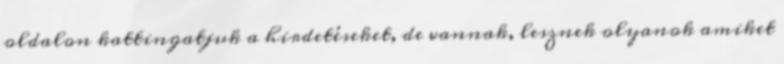
oldalon kattingatjuk a hirdetéseket, de vannak, lesznek olyanok amiket